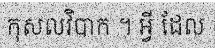
កុសលវិបាក ។ អ្វី ដែល